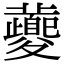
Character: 虁